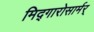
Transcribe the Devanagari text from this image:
मिद्गारोसार्मर्